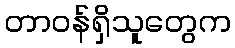
တာဝန်ရှိသူတွေက